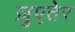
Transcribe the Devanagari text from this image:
ज़ुएतेर